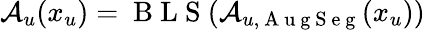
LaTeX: \mathcal{A}_{u}(x_{u})=\mathrm{~B~L~S~}(\mathcal{A}_{u,\mathrm{~A~u~g~S~e~g~}}(x_{u}))